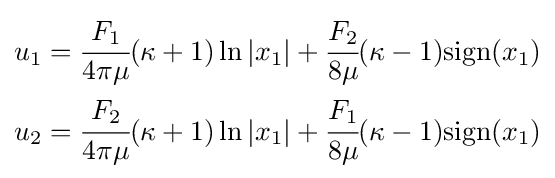
{\begin{aligned}u_{1}&={\cfrac {F_{1}}{4\pi \mu }}(\kappa +1)\ln |x_{1}|+{\cfrac {F_{2}}{8\mu }}(\kappa -1){\text{sign}}(x_{1})\\u_{2}&={\cfrac {F_{2}}{4\pi \mu }}(\kappa +1)\ln |x_{1}|+{\cfrac {F_{1}}{8\mu }}(\kappa -1){\text{sign}}(x_{1})\end{aligned}}